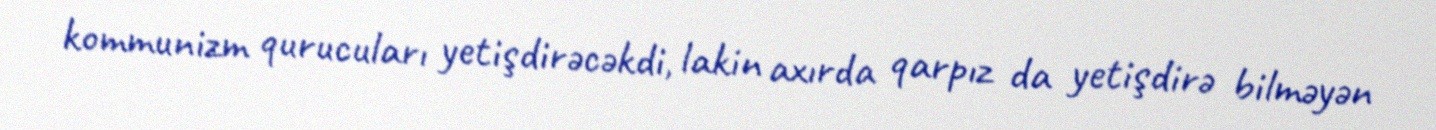
kommunizm qurucuları yetişdirəcəkdi, lakin axırda qarpız da yetişdirə bilməyən